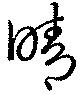
晴